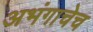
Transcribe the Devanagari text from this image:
अभंगाचेच